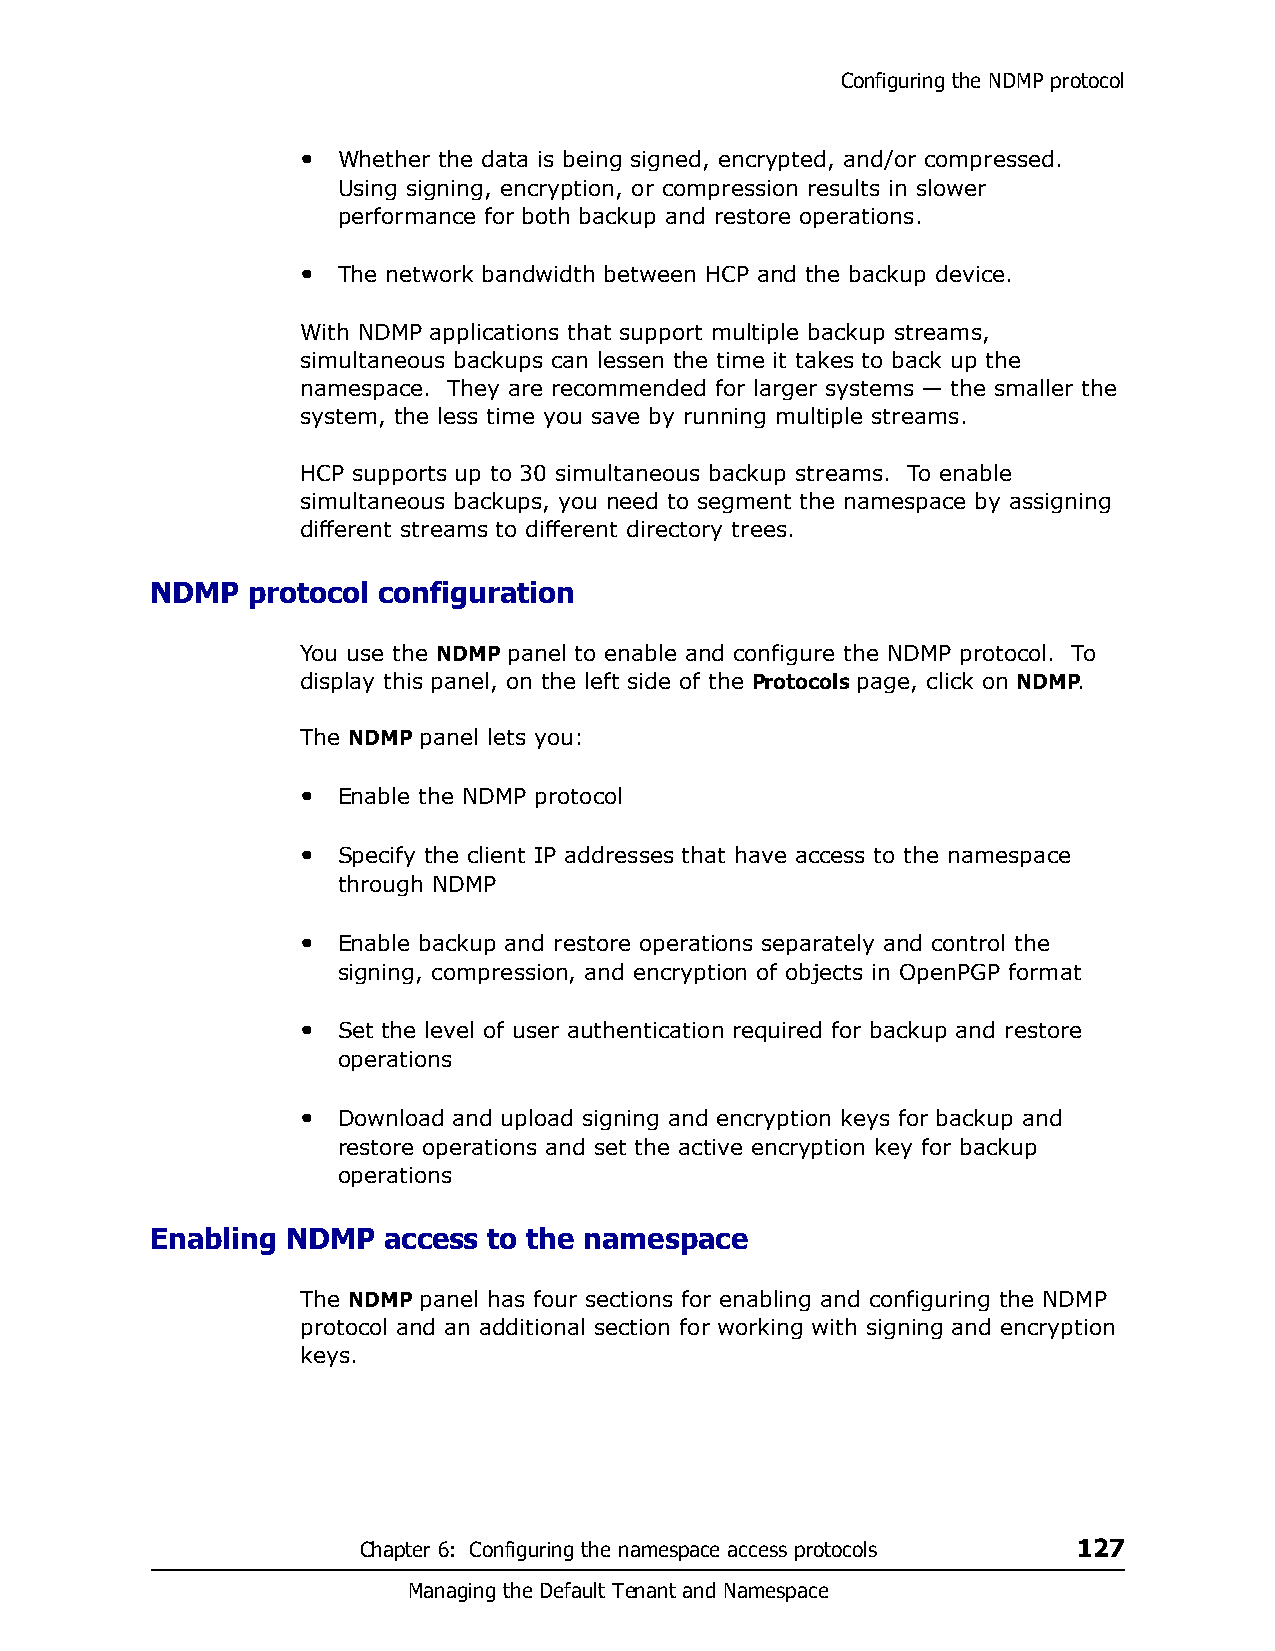
Configuring the NDMP protocol
 • Whether the data is being signed, encrypted, and/or compressed.
 Using signing, encryption, or compression results in slower
 performance for both backup and restore operations.
 • The network bandwidth between HCP and the backup device.
 With NDMP applications that support multiple backup streams,
 simultaneous backups can lessen the time it takes to back up the
 namespace. They are recommended for larger systems — the smaller the
 system, the less time you save by running multiple streams.
 HCP supports up to 30 simultaneous backup streams. To enable
 simultaneous backups, you need to segment the namespace by assigning
 different streams to different directory trees.
 NDMP  protocol configuration
 You use the NDMP panel to enable and configure the NDMP protocol. To
 display this panel, on the left side of the Protocols page, click on NDMP.
 The NDMP panel lets you:
 • Enable the NDMP protocol
 • Specify the client IP addresses that have access to the namespace
 through NDMP
 • Enable backup and restore operations separately and control the
 signing, compression, and encryption of objects in OpenPGP format
 • Set the level of user authentication required for backup and restore
 operations
 • Download and upload signing and encryption keys for backup and
 restore operations and set the active encryption key for backup
 operations
 Enabling NDMP  access to the namespace
 The NDMP panel has four sections for enabling and configuring the NDMP
 protocol and an additional section for working with signing and encryption
 keys.
 Chapter 6: Configuring the namespace access protocols 127
 Managing the Default Tenant and Namespace